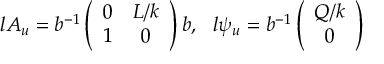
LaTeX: l A _ { u } = b ^ { - 1 } \left( \begin{array} { c c } { { 0 } } & { { L / k } } \\ { { 1 } } & { { 0 } } \end{array} \right) b , \ \ l \psi _ { u } = b ^ { - 1 } \left( \begin{array} { c } { { Q / k } } \\ { { 0 } } \end{array} \right)